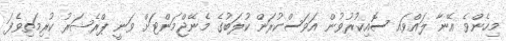
މިހެންވެ އޭނާ ލައްވައ ސޮއިކުރުވުން އަވަސްކުރަން ކުލަބުގެ މެނޭޖްމަންޓަށް ވަނީ ޕްރެޝަރު ކުރިމަތިވެފަ